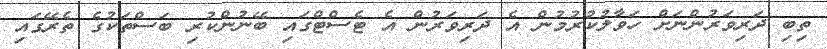
ތިބި ދަރިވަރުންނަށް ހަވާލުކުރުމުން އެ ދަރިވަރުން އެ ޓެސްޓްގައި ބޭނުންކުރި ބަސްތަކުގެ ތެރޭގައި